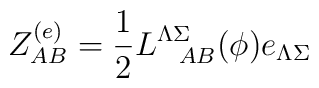
Z^{(e)}_{AB} = {1 \over 2}L^{\Lambda\Sigma}_{\ \  AB} (\phi)e_{\Lambda\Sigma}